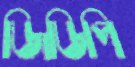
জিডিপি